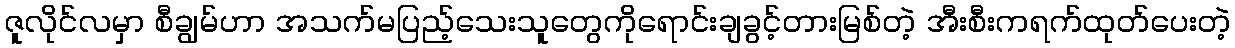
ဇူလိုင်လမှာ စီချွမ်ဟာ အသက်မပြည့်သေးသူတွေကိုရောင်းချခွင့်တားမြစ်တဲ့ အီးစီးကရက်ထုတ်ပေးတဲ့